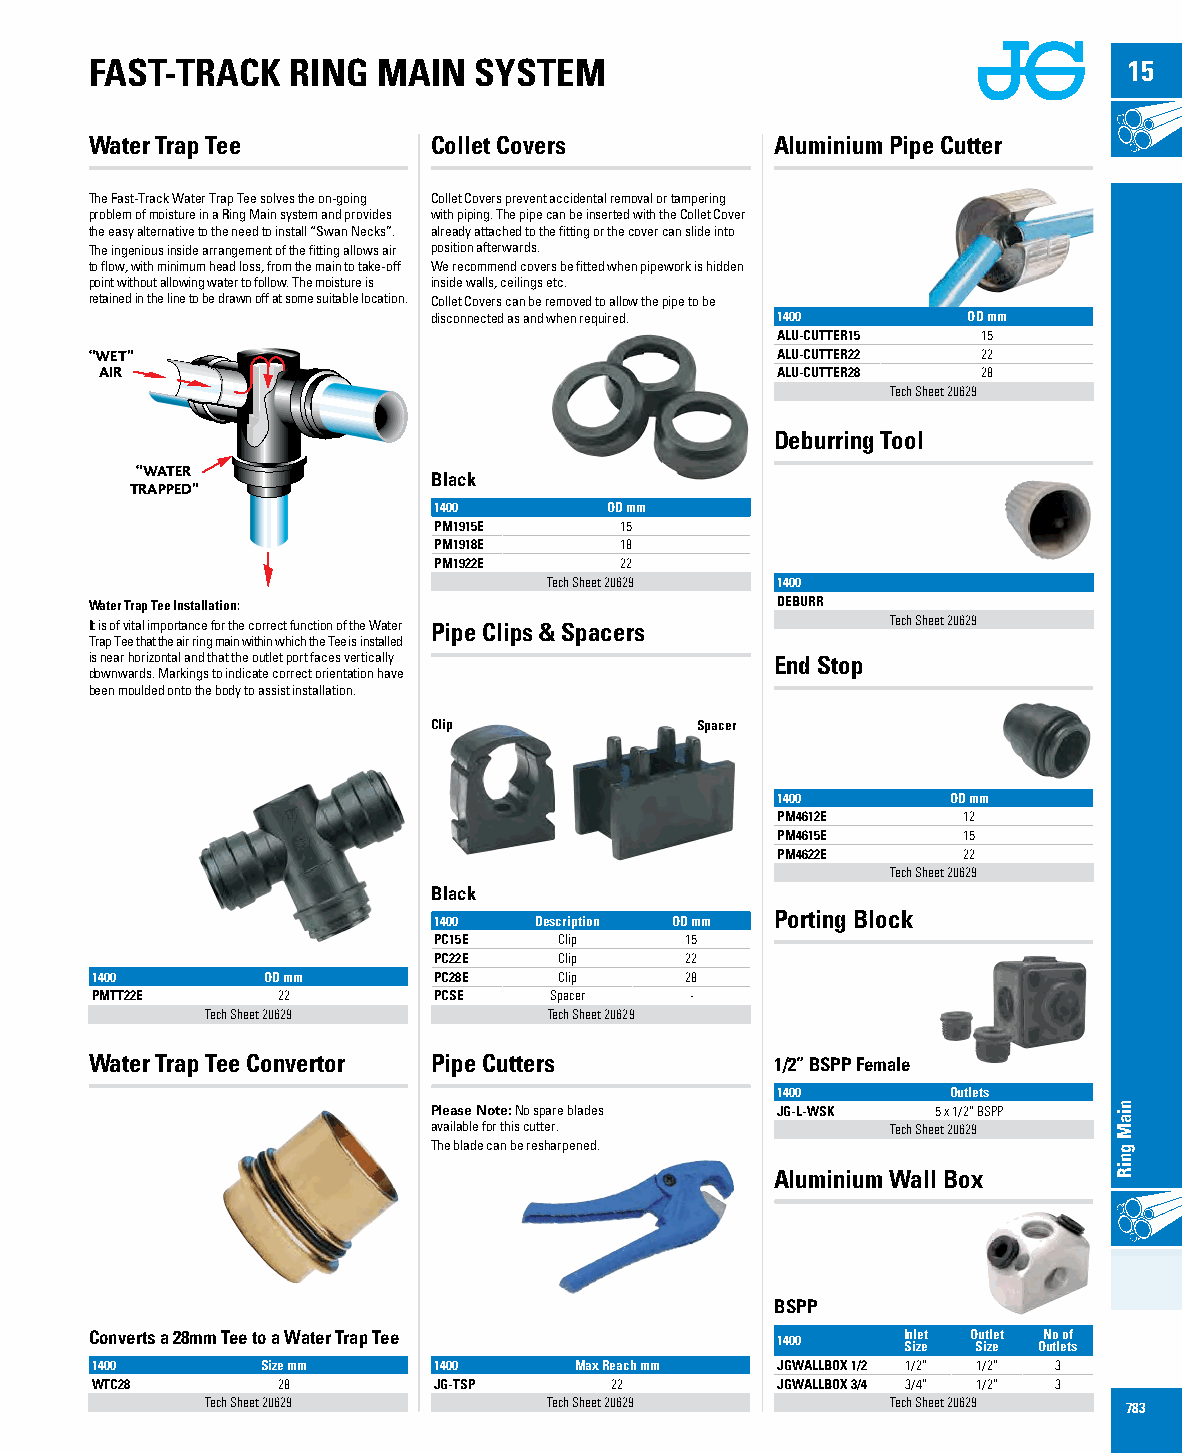
FAST-TRACK   RING  MAIN  SYSTEM                                      15
 Water Trap Tee         Collet Covers         Aluminium Pipe Cutter
 The Fast-Track Water Trap Tee solves the on-going Collet Covers prevent accidental removal or tampering
 problem of moisture in a Ring Main system and provides with piping. The pipe can be inserted with the Collet Cover
 the easy alternative to the need to install “Swan Necks”. already attached to the fitting or the cover can slide into
 The ingenious inside arrangement of the fitting allows air position afterwards.
 to flow, with minimum head loss, from the main to take-off We recommend covers be fitted when pipework is hidden
 point without allowing water to follow. The moisture is inside walls, ceilings etc.
 retained in the line to be drawn off at some suitable location. Collet Covers can be removed to allow the pipe to be
 disconnected as and when required. 1400 OD mm
 ALU-CUTTER15  15
 “WET”                                        ALU-CUTTER22  22
 AIR                                         ALU-CUTTER28  28
 Tech Sheet 20629
 Deburring Tool
 “WATER
 Black
 TRAPPED”
 1400       OD mm
 PM1915E     15
 PM1918E     18
 PM1922E     22
 Tech Sheet 20629 1400
 Water Trap Tee Installation:                 DEBURR
 It is of vital importance for the correct function of the Water Pipe Clips & Spacers Tech Sheet 20629
 Trap Tee that the air ring main within which the Tee is installed
 is near horizontal and that the outlet port faces vertically End Stop
 downwards. Markings to indicate correct orientation have
 been moulded onto the body to assist installation.
 Clip             Spacer
 1400        OD mm
 PM4612E      12
 PM4615E      15
 PM4622E      22
 Tech Sheet 20629
 Black
 Porting Block
 1400  Description OD mm
 PC15E   Clip    15
 PC22E   Clip    22
 1400       OD mm       PC28E   Clip    28
 PMTT22E     22         PCSE   Spacer    -
 Tech Sheet 20629      Tech Sheet 20629
 Water Trap Tee Convertor Pipe Cutters        1/2” BSPP Female
 1400        Outlets
 Please Note: No spare blades JG-L-WSK 5 x 1/2” BSPP
 available for this cutter.    Tech Sheet 20629
 The blade can be resharpened.
 Aluminium Wall Box
 BSPP
 Converts a 28mm Tee to a Water Trap Tee      1400     I Sn il ze et O Su it zl eet ON uo tl eo tf s
 1400       Size mm     1400     Max Reach mm JGWALLBOX 1/2 1/2” 1/2” 3
 WTC28       28         JG-TSP     22         JGWALLBOX 3/4 3/4” 1/2” 3
 Tech Sheet 20629      Tech Sheet 20629       Tech Sheet 20629 783
 niaM
 gniR